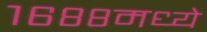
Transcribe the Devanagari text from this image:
१६८८मध्ये